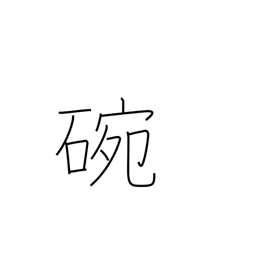
Meaning: porcelain bowl